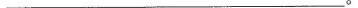
___ 。